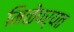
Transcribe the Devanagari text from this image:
मिळेपर्यत